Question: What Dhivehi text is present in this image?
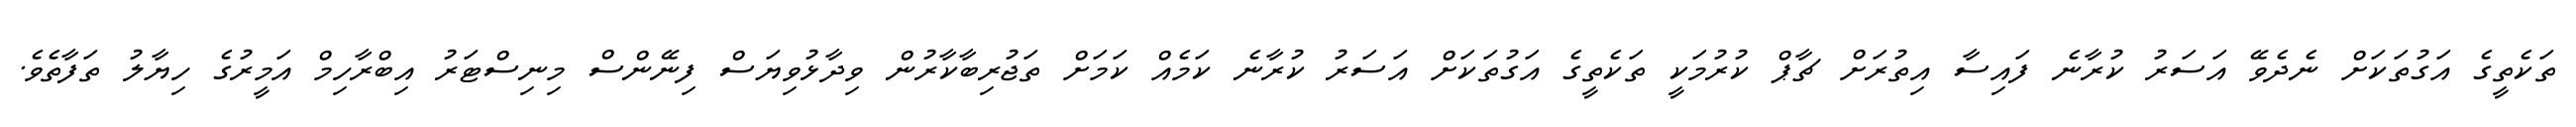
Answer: ތަކެތީގެ އަގުތަކަށް ނެދެވޭ އަސަރު ކުރާނެ ފައިސާ އިތުރަށް ޗާޕް ކުރުމަކީ ތަކެތީގެ އަގުތަކަށް އަސަރު ކުރާނެ ކަމެއް ކަމަށް ތަޖުރިބާކާރުން ވިދާޅުވިޔަސް ފިނޭންސް މިނިސްޓަރު އިބްރާހިމް އަމީރުގެ ހިޔާލު ތަފާތެވެ.